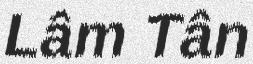
Lâm Tân